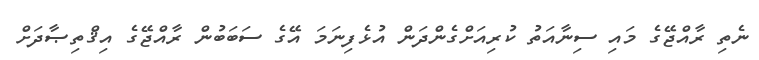
ނެތި ރާއްޖޭގެ މައި ސިނާއަތު ކުރިއަށްގެންދަން އުޅެފިނަމަ އޭގެ ސަބަބުން ރާއްޖޭގެ އިޤްތިޞާދަށް